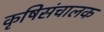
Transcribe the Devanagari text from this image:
कृषिसंचालक